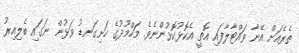
ތެރެއަށް އޭނާ ވައްޓާލާފައި އޮތީ އެކޮޅުކޮޅުންނެވެ. މަހްމޫދުގެ ހަށިގަނޑު ވަޅުން ނަގައި ބެލިއިރު